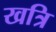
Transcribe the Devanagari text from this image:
खत्रि